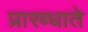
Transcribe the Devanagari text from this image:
प्रारब्धाते